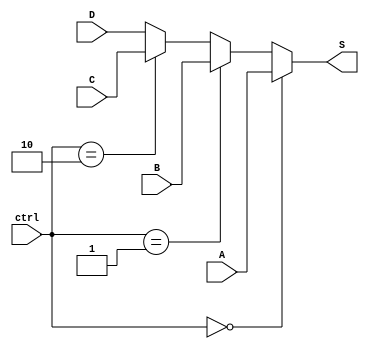
`timescale 1ns / 1ps
//////////////////////////////////////////////////////////////////////////////////
// Company: 
// Engineer: 
// 
// Design Name: 
// Module Name:    mux_32 
// Project Name: 
// Target Devices: 
// Tool versions: 
// Description: 
//
// Dependencies: 
//
// Revision: 
// Revision 0.01 - File Created
// Additional Comments: 
//
//////////////////////////////////////////////////////////////////////////////////
module mux_32(
           input wire[31:0] A,B,C,D,
			  output wire[31:0] S,
			  input wire[1:0] ctrl
    );

assign S = (ctrl==0)?A:
           (ctrl==1)?B:
			  (ctrl==2)?C:D;

endmodule